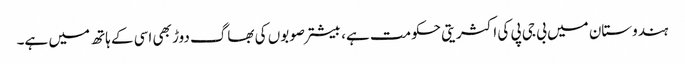
ہندوستان میں بی جی پی کی اکثریتی حکومت ہے، بیشتر صوبوں کی بھاگ دوڑ بھی اسی کے ہاتھ میں ہے۔